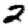
Digit: 2